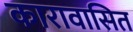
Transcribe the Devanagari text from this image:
कारावासित